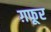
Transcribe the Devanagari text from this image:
ग़फूर